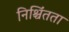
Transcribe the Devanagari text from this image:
निश्चिंतता